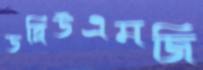
ডব্লিউএমজি